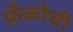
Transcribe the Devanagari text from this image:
फ्रँकोची